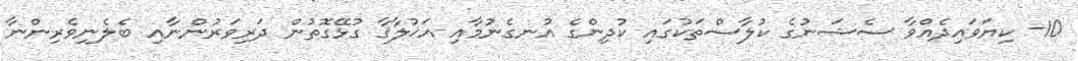
10- ކިޔަވައިދެއްވާ ސެޝަނުގެ ކުލާސްތަކުގައި ކުދިންގެ އުނގެނުމާއި އަޚުލާޤާ ގުޅޭގޮތުން ދަރިވަރުންނާއި ބެލެނިވެރިންނާ